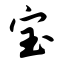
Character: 宝